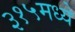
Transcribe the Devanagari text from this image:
३१५मध्ये